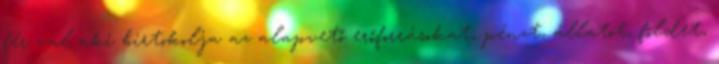
férﬁval aki birtokolja az alapvető erőforrásokat, pénzt, állatot, földet,